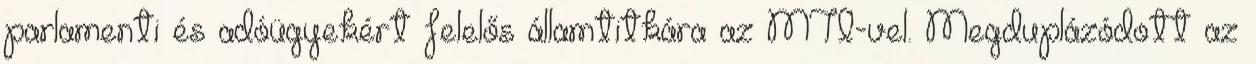
parlamenti és adóügyekért felelős államtitkára az MTI-vel. Megduplázódott az